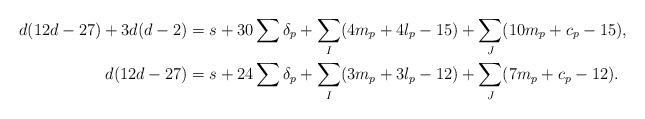
LaTeX: \begin{align*}d(12d - 27)+3d(d-2) &= s + 30 \sum \delta_p + \sum_I (4m_p+4l_p-15) + \sum_J(10m_p+c_p-15),\\d(12d - 27) &= s + 24 \sum \delta_p + \sum_I (3m_p+3l_p-12) + \sum_J(7m_p+c_p-12).\end{align*}